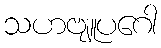
သဟဗျူပဂေါ